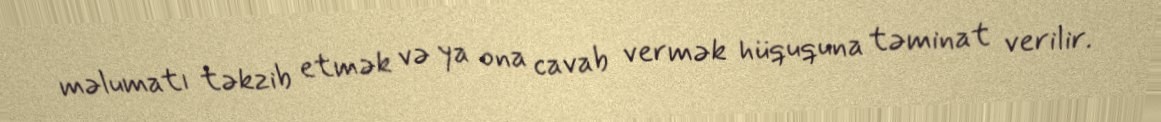
məlumatı təkzib etmək və ya ona cavab vermək hüququna təminat verilir.